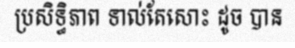
ប្រសិទ្ធិភាព ទាល់តែសោះ ដូច បាន